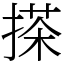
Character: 搽